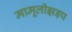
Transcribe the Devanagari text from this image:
मामूलीझड़प